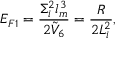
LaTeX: E _ { F 1 } = { \frac { \Sigma _ { i } ^ { 2 } l _ { m } ^ { 3 } } { 2 \tilde { V } _ { 6 } } } = { \frac { R } { 2 L _ { i } ^ { 2 } } } ,